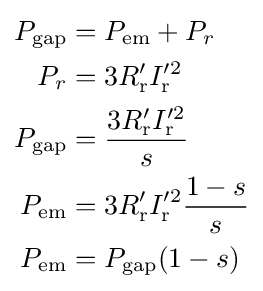
{\begin{aligned}P_{\text{gap}}&=P_{\text{em}}+P_{r}\\P_{r}&=3R_{\text{r}}'I_{\text{r}}^{\prime 2}\\P_{\text{gap}}&={\frac {3R_{\text{r}}'I_{\text{r}}^{\prime 2}}{s}}\\P_{\text{em}}&=3R_{\text{r}}'I_{\text{r}}^{\prime 2}{\frac {1-s}{s}}\\P_{\text{em}}&=P_{\text{gap}}(1-s)\end{aligned}}